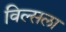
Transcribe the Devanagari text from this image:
विल्सला